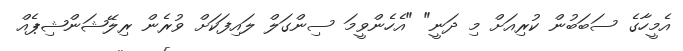
އެމީހާގެ ސަބަބުން ކުރިއަށް މި ދަނީ" "އެހެންވީމަ ސިންގަލް ލައިފަކަށް ވުރެން ރިލޭޝަންޝިޕެއް